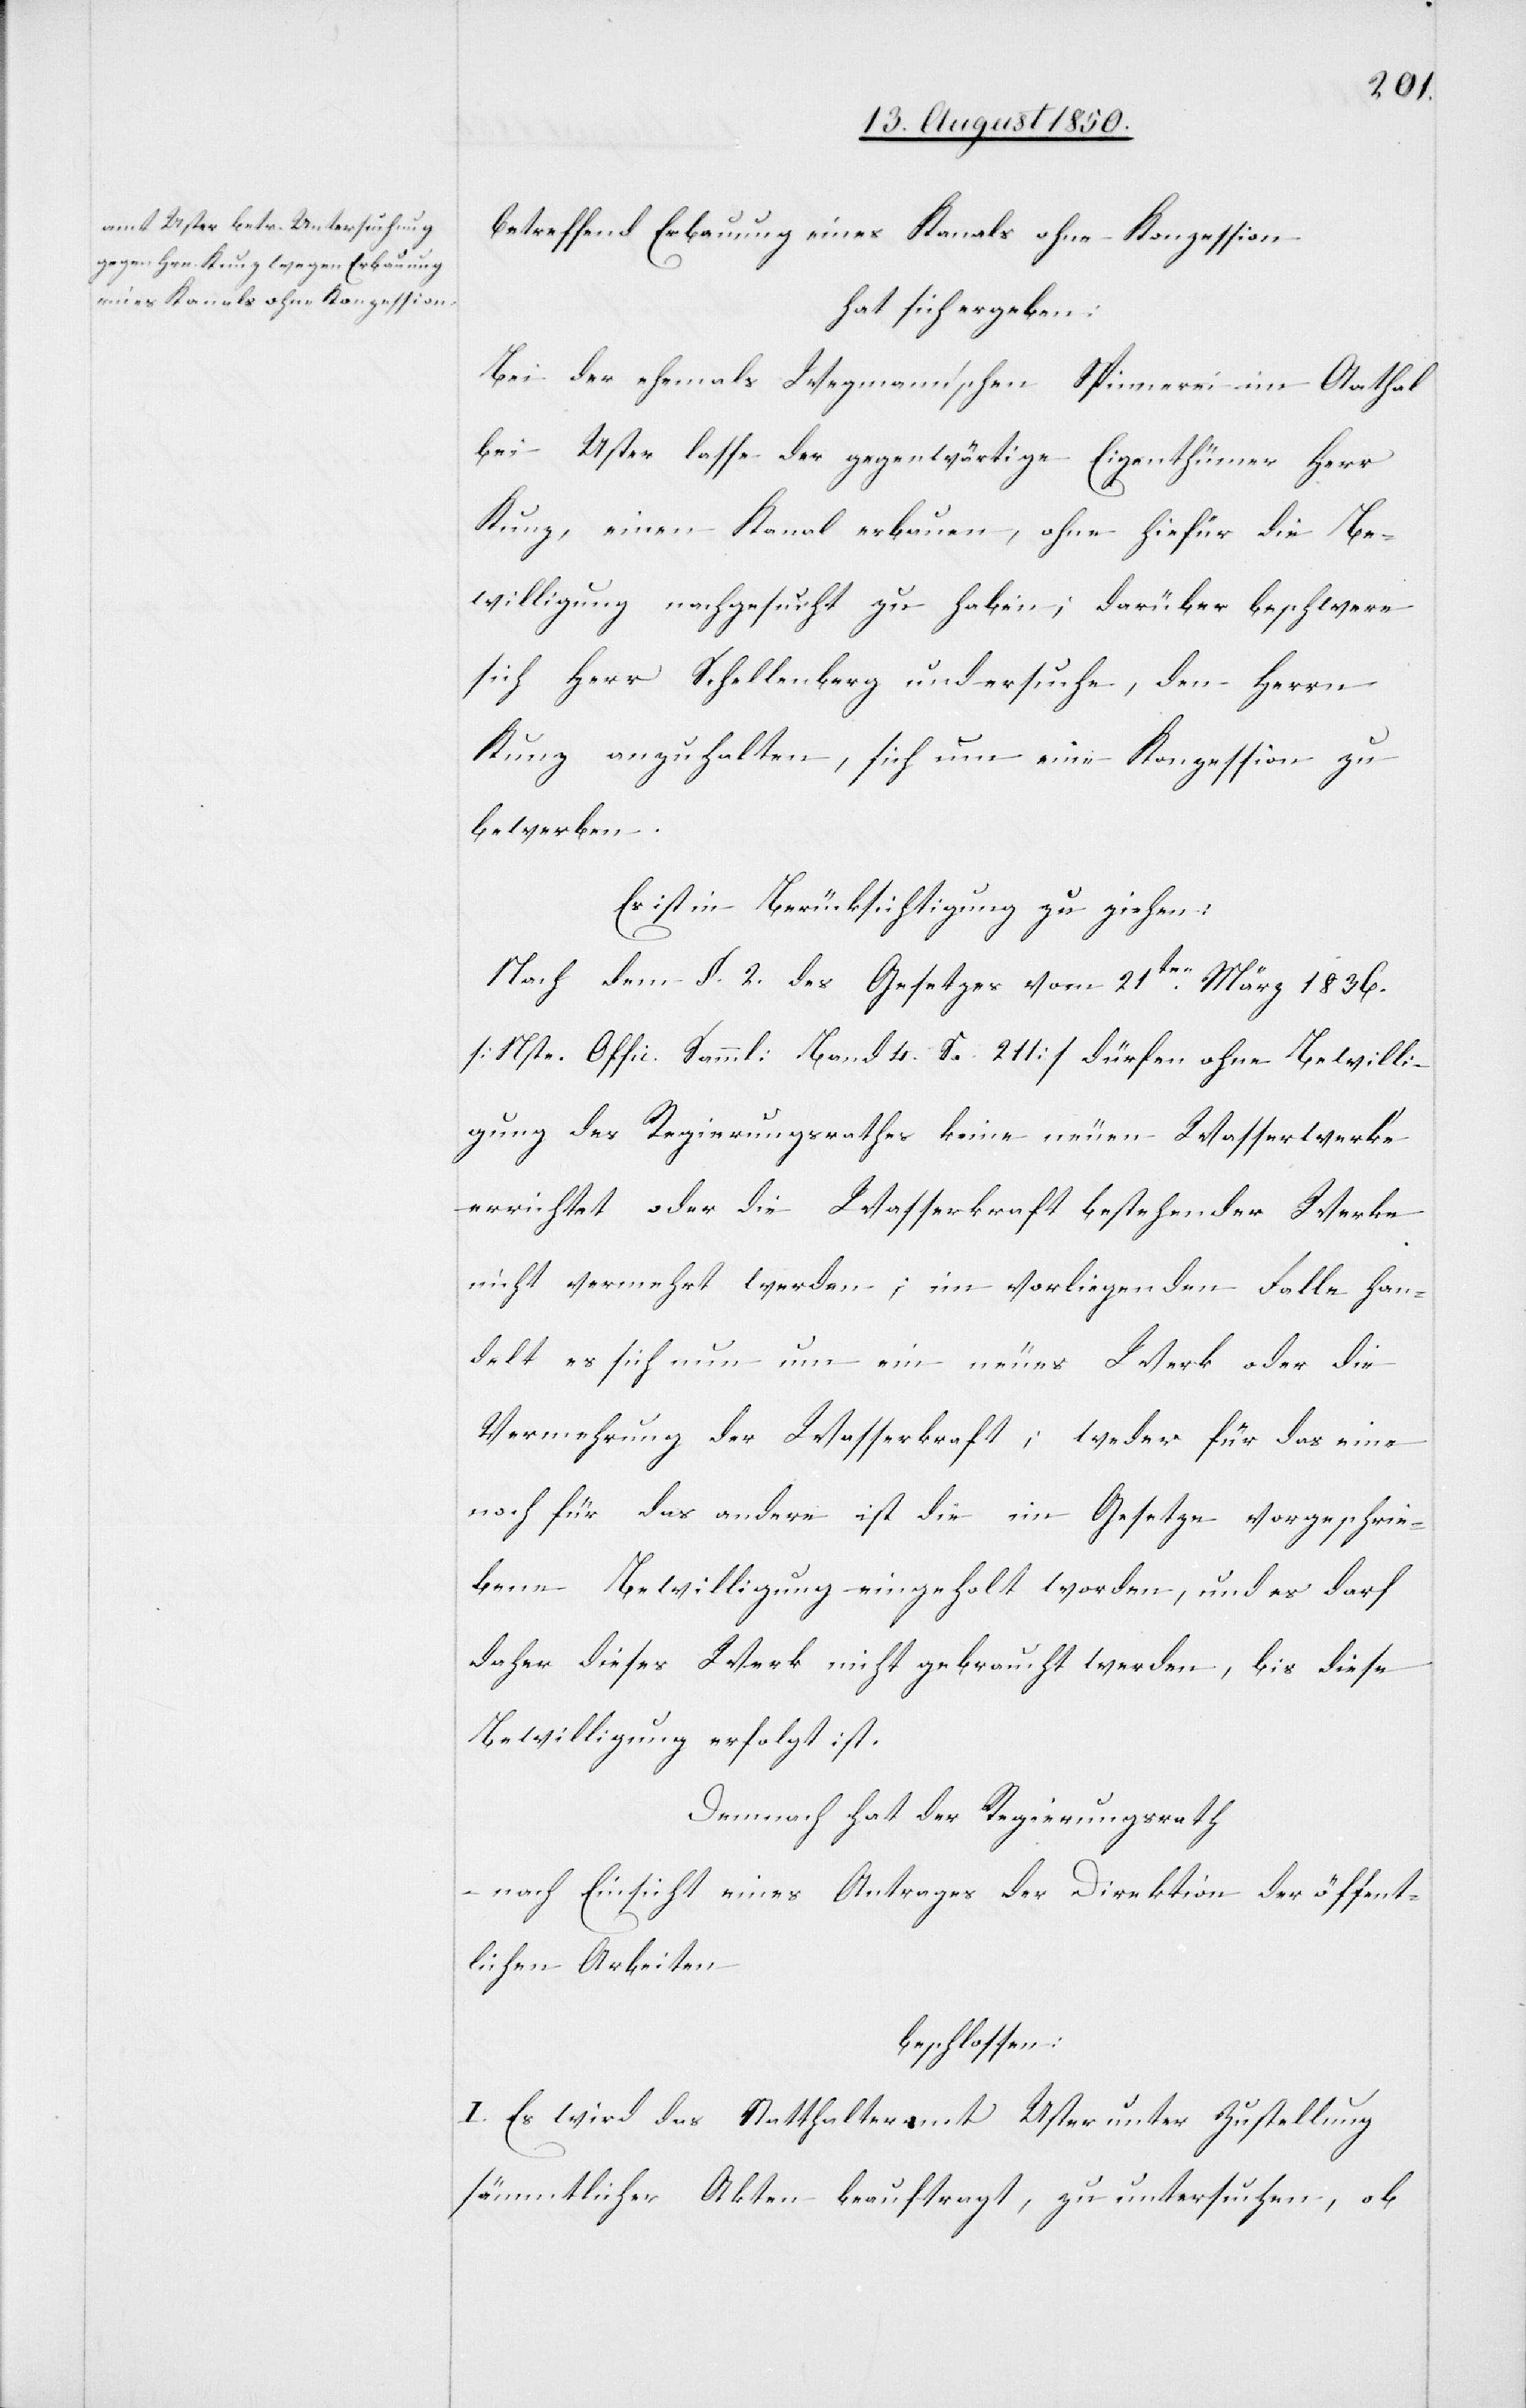
betreffend Erbauung eines Kanals ohne Konzession
hat sich ergeben:
Bei der ehemals Wegmann’schen Spinnerei im Aathal
bei Uster lasse der gegenwärtige Eigenthümer Herr
Kunz, einen Kanal erbauen, ohne hiefür die Be¬
willigung nachgesucht zu haben; darüber beschwere
sich Herr Schellenberg und ersuche, den Herrn
Kunz anzuhalten, sich um eine Konzession zu
bewerben.
Es ist in Berücksichtigung zu ziehen:
Nach dem §. 2. des Gesetzes vom 21ten März 1836.
[Nste. Offic. Samml: Band 4. Se. 211] dürfen ohne Bewilli¬
gung des Regierungsrathes keine neuen Wasserwerke
errichtet oder die Wasserkraft bestehender Werke
nicht vermehrt werden; im vorliegenden Falle han¬
delt es sich nun um ein neues Werk oder die
Vermehrung der Wasserkraft; weder für das eine
noch für das andere ist die im Gesetze vorgeschrie¬
bene Bewilligung eingeholt worden, und es darf
daher dieses Werk nicht gebraucht werden, bis diese
Bewilligung erfolgt ist.
Demnach hat der Regierungsrath
nach Einsicht eines Antrages der Direktion der öffent¬
lichen Arbeiten
beschlossen:
I. Es wird das Statthalteramt Uster unter Zustellung
sämmtlicher Akten beauftragt, zu untersuchen, ob